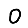
Digit: 0